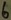
Text: 6